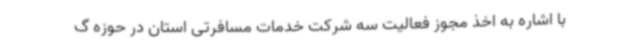
با اشاره به اخذ مجوز فعالیت سه شرکت خدمات مسافرتی استان در حوزه گ